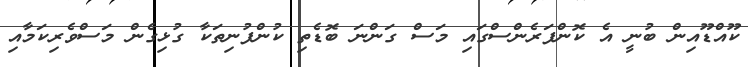
ކޫއްޑޫއިން ބުނީ އެ ކޮންފަރެންސްގައި މަސް ގަންނަ ބޮޑެތި ކުންފުނިތަކާ ގުޅިގެން މަސްވެރިކަމާއި